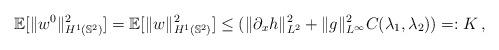
LaTeX: \begin{align*}\mathbb{E}[\|w^0\|_{H^1(\mathbb{S}^2)}^2]=\mathbb{E}[\|w\|_{H^1(\mathbb{S}^2)}^2]\leq (\|\partial_x h\|^2_{L^2}+\|g\|_{L^\infty}^2C(\lambda_1,\lambda_2))=:K\, ,\end{align*}